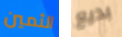
الثمين بديع